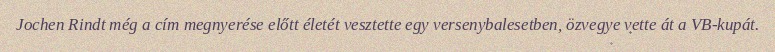
Jochen Rindt még a cím megnyerése előtt életét vesztette egy versenybalesetben, özvegye vette át a VB-kupát.